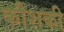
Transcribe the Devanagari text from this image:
कौशकी